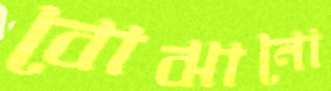
বোঝানো